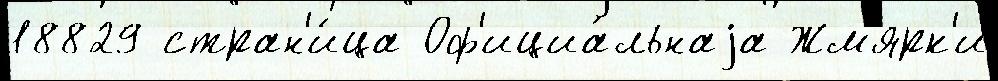
18829 стран'и́ца Оф'ициа́льнаjа Жм'ярк'и